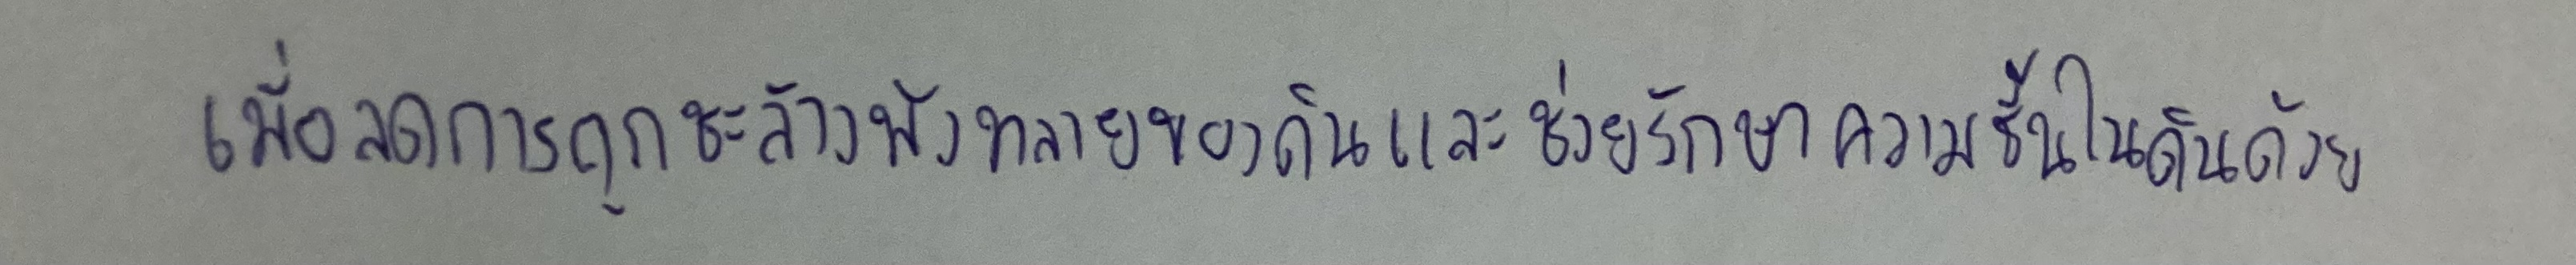
เพื่อลดการถูกชะล้างพังทลายของดินและช่วยรักษาความชื้นในดินด้วย